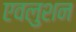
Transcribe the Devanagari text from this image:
एवलुशन